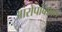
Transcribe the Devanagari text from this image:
आरोपांबाबत